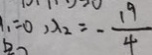
_ { 1 } = 0 , \lambda _ { 2 } = - \frac { 1 9 } { 4 }